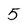
Character: 5